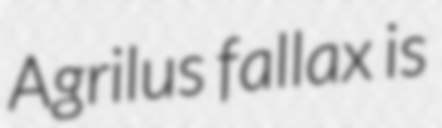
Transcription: Agrilus fallax is